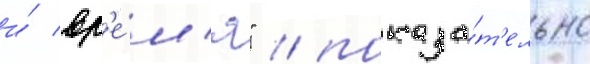
и́ вр'е́м'я" / показа́т'ельно